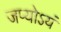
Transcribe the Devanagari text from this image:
जप्योऽयं